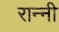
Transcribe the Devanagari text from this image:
रान्नी